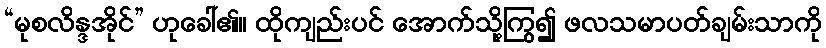
“မုစလိန္ဒအိုင်” ဟုခေါ်၏။ ထိုကျည်းပင် အောက်သို့ကြွ၍ ဖလသမာပတ်ချမ်းသာကို